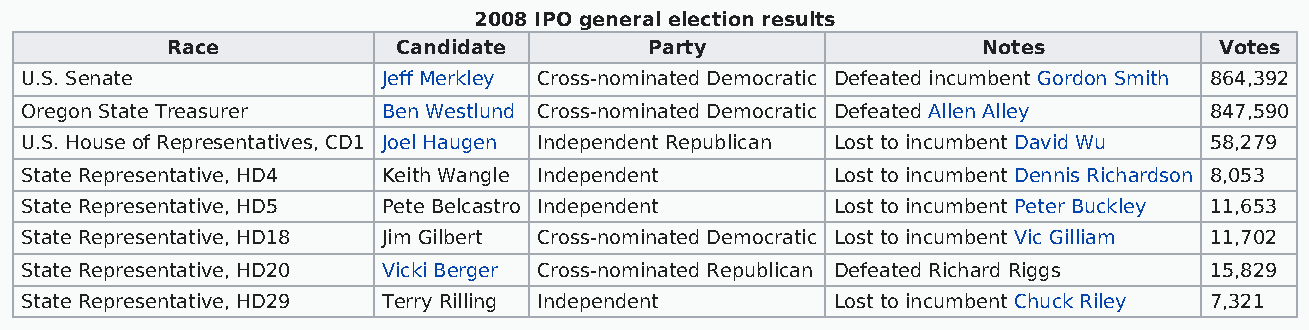
2008 IPO general election results
 Race           Candidate        Party                 Notes           Votes
 U.S. Senate             Jeff Merkley Cross-nominated Democratic Defeated incumbent Gordon Smith 864,392
 Oregon State Treasurer  Ben Westlund Cross-nominated Democratic Defeated Allen Alley 847,590
 U.S. House of Representatives, CD1 Joel Haugen Independent Republican Lost to incumbent David Wu 58,279
 State Representative, HD4 Keith Wangle Independent    Lost to incumbent Dennis Richardson 8,053
 State Representative, HD5 Pete Belcastro Independent  Lost to incumbent Peter Buckley 11,653
 State Representative, HD18 Jim Gilbert Cross-nominated Democratic Lost to incumbent Vic Gilliam 11,702
 State Representative, HD20 Vicki Berger Cross-nominated Republican Defeated Richard Riggs 15,829
 State Representative, HD29 Terry Rilling Independent  Lost to incumbent Chuck Riley 7,321